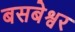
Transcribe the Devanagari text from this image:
बसबेश्वर